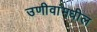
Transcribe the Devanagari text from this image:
उणीवांमधील